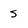
Character: s